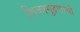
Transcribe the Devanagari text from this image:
शिळामुद्रणाची